Annual report of the Madras Medical College
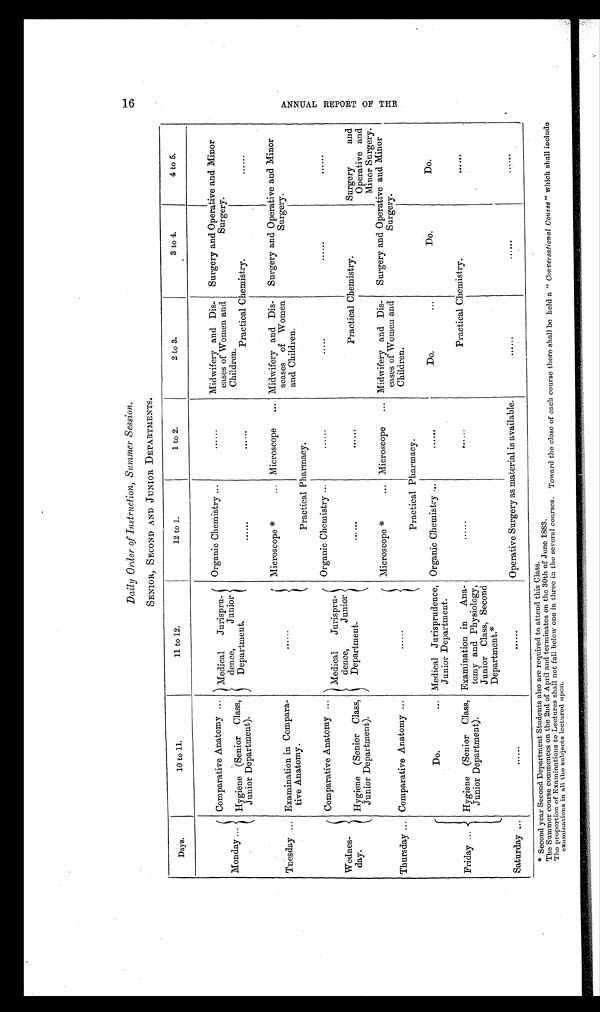
Daily Order of Instruction, Summer Session.
SENIOR, SECOND AND JUNIOR DEPARTMENTS.
Days.
10 to 11.
11 to 12.
12 to 1.
1 to 2.
2 t o 3 .
3 to 4.
4 to 5.
Monday ...
Comparative Anatomy ...
Medical
Jurispru-
deuce,
Junior
Department.
Organic Chemistry ... ......
M i d w i f e r y a n d D i s - e a s e s o f W o m e n a n d
C h i l d r e n .
Surgery and Operative and Minor
Surgery.
Hygiene (Senior Class,
Junior Department).
. . . . . .
. . . . . .
Practical Chemistry.
. . . . . .
Tuesday ... Examination in Compara-
tive Anatomy.
......
Microscope *
... Microscope
... Mi dwi fery and Di s-
senses of Women
and Children.
Surgery and Operative and Minor
Surgery.
Practical Pharmacy.
Wednes-
day.
Comparative Anatomy ...
Medical
Jurispru-
dente,
Junior
Department.
Organic Chemistry ...
......
.....
. . . . . .
. . . . . .
Hygiene (Senior Class,
Junior Department).
. . . . . .
......
Practical Chemistry.
Surgery
and
Operative and
Minor Surgery.
Thursday ... Comparative Anatomy ...
......
Microscope *
... Microscope
... Midwifery and Dis-
eases of Women and
Children.
Surgery and Operative and Minor
S u r g e r y .
Practical Pharmacy.
F Friday ...
Do.
... Medical Jurisprudence,
Junior Department.
Organic Chemistry ...
......
Do.
...
Do.
Do.
Hygiene (Senior Class,
Junior Department).
Examination in Ana-
tome and Physiology,
Junior Class, Second
Depar t ment . *
......
......
Practical Chemistry.
......
Saturday ...
......
......
Operative Surgery as material is available.
. . . . . .
......
......
* Second year Second Department Students also are required to attend this Class.
The Summer course commences on the 2nd of April and terminates on the 30th of June 1883.
The proportion of Examinations to Lectures shall not fall below one in three in the several courses. Toward the close of each course there shall be held a "Conversational Course" which shall include
examinations in all the subjects lectured upon.
16
A N N U A L R E P O R T O F T H E